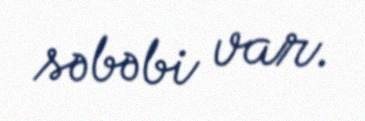
səbəbi var.